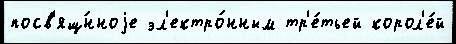
посв'ящ́нноjе эл'ектро́нным тр'е́тьей корол'е́й